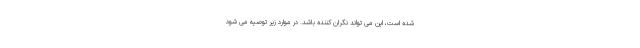
شده است، این می تواند نگران کننده باشد. در موارد زیر توصیه می شود